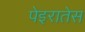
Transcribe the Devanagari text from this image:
पेइरातेस